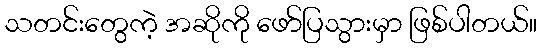
သတင်းတွေကဲ့ အဆိုကို ဖော်ပြသွားမှာ ဖြစ်ပါတယ်။